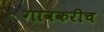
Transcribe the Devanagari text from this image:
गावकरीच